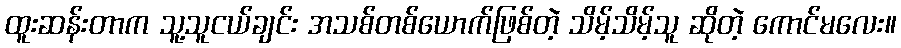
ထူးဆန်းတာက သူ့သူငယ်ချင်း အသစ်တစ်ယောက်ဖြစ်တဲ့ သိမ့်သိမ့်သူ ဆိုတဲ့ ကောင်မလေး။